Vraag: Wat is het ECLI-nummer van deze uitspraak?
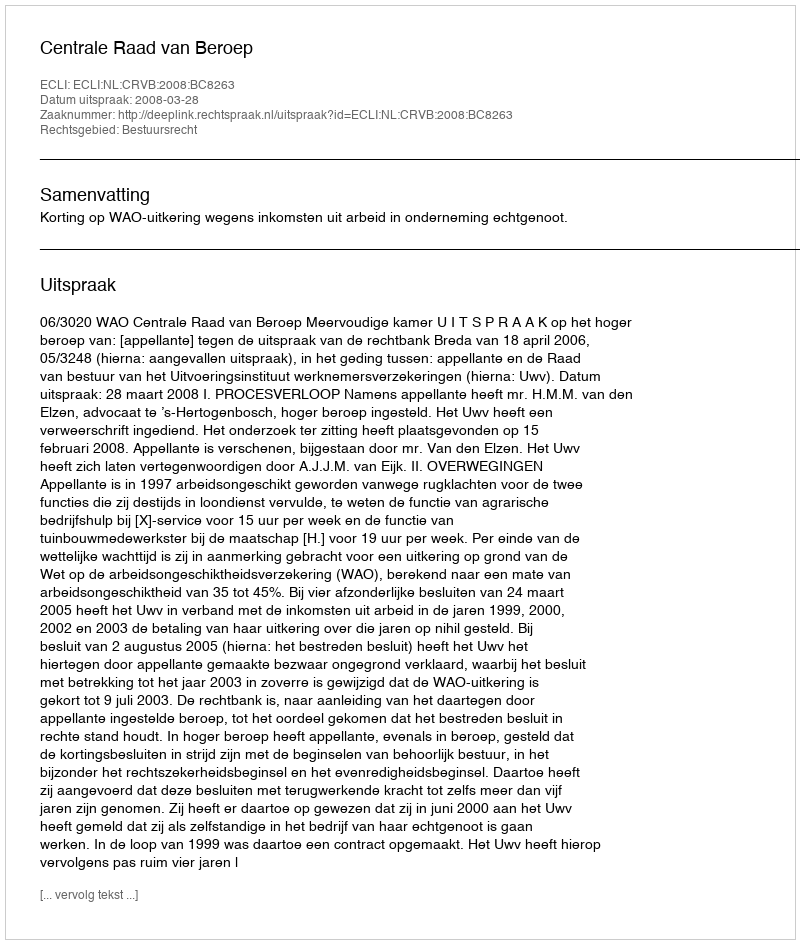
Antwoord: ECLI:NL:CRVB:2008:BC8263